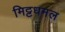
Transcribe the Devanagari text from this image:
मिट्टधमल